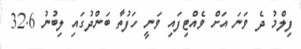
ފިލްމު ދެ ވަނަ އަށް ވެއްޓިފައި ވަނީ ހަފުތާ ބަންދުގައި ލިބުނު 32.6